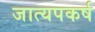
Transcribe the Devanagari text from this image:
जात्यपकर्ष